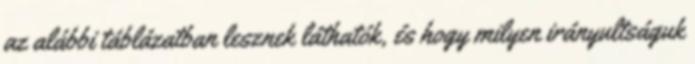
az alábbi táblázatban lesznek láthatók, és hogy milyen irányultságuk